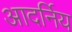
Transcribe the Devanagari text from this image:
आदर्निय